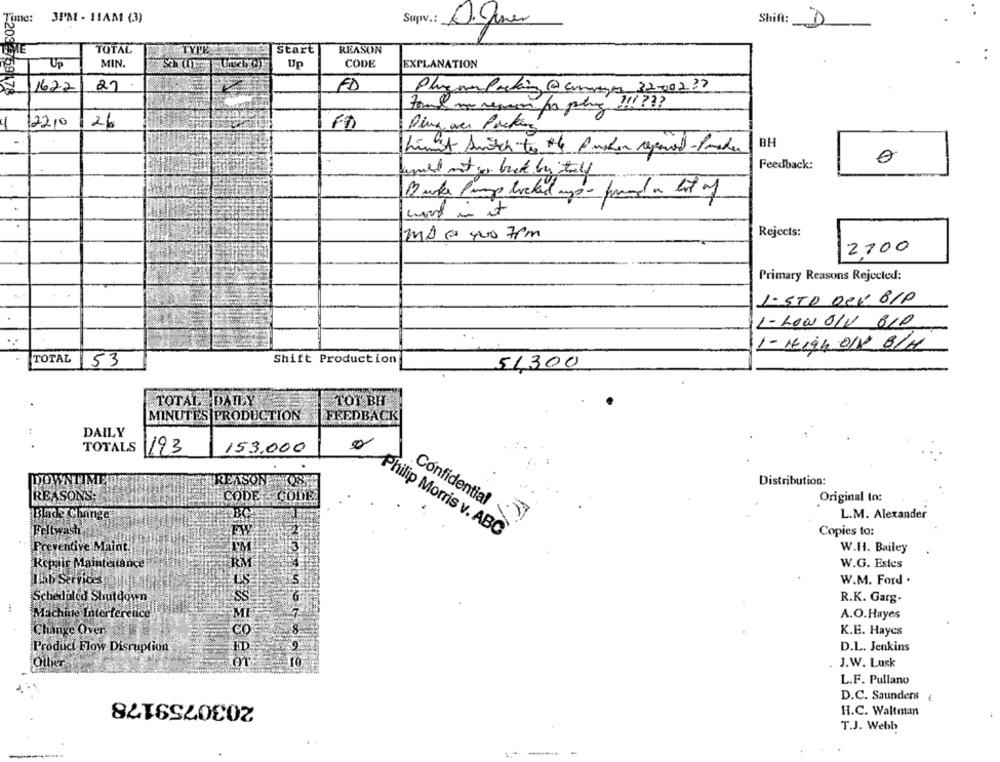
Time:
3PM - 11AM (3)
Supv .:
Digines
Shift: D
TOTAL
Start
REASON
Up
MIN.
Up
CODE
EXPLANATION
769178
1622
27
FD
70ml
12210
126
F)
Dina wer Packing
BH
Limet Switch to the Pusher repaved- Poster
0
Feedback:
cont in it
MA @ yoo 7pm
Rejects:
2100
Primary Reasons Rejected:
J- STD OCK BIP
L- LOW 01V 610
1- High OIV B/H
TOTAL
53
Shift Production
51,300
TOTAL DAILY
TOT BH
MINUTES PRODUCTION
FEEDBACK
DAILY
TOTALS
193
153.000
DOWNHI
Distribution:
REASON FORA
REASONS;
CODE - CODE
Original to:
Blade Change
BO
Confidential
L.M. Alexander
Feltwashi
FW
Copies to:
Philip Morris v. ABC
Preventive Maint.
W.H. Bailey
Repair Maintenance
TRM
W.G. Estes
Lab Services
W.M. Ford .
Scheduled Shutdown
SS
R.K. Garg.
Machine Interference
MI
A.O.Hayes
Change Over
CO
K.E. Hayes
Product Flow Disruption
FD
D.L. Jenkins
Other
m
J.W. Lusk
L.F. Pullano
2030759178
D.C. Saunders
H.C. Waltman
T.J. Webb